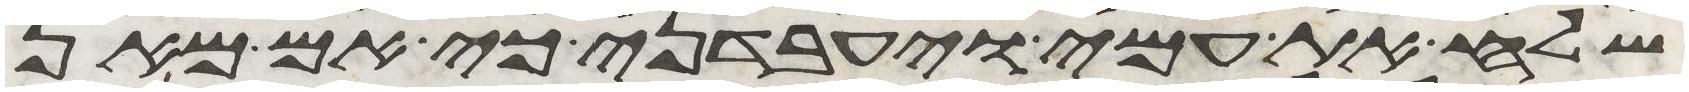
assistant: שלח את עמי ויעבדני כי אם מאן